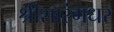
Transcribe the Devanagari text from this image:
श्रीशारंगधर